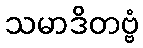
သမာဒိတဗ္ဗံ